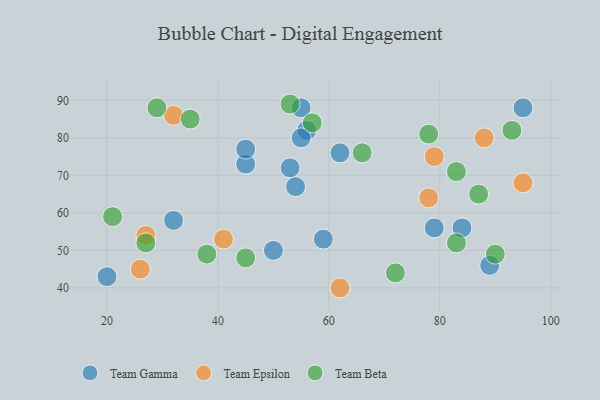
{"axis": {"x": "GDP", "y": "Life Expectancy"}, "legend": ["Team Beta", "Team Epsilon", "Team Gamma"], "data": [{"x": "84", "y": 56, "type": "Team Gamma"}, {"x": "89", "y": 46, "type": "Team Gamma"}, {"x": "62", "y": 76, "type": "Team Gamma"}, {"x": "45", "y": 73, "type": "Team Gamma"}, {"x": "55", "y": 88, "type": "Team Gamma"}, {"x": "53", "y": 72, "type": "Team Gamma"}, {"x": "59", "y": 53, "type": "Team Gamma"}, {"x": "32", "y": 58, "type": "Team Gamma"}, {"x": "79", "y": 56, "type": "Team Gamma"}, {"x": "54", "y": 67, "type": "Team Gamma"}, {"x": "50", "y": 50, "type": "Team Gamma"}, {"x": "20", "y": 43, "type": "Team Gamma"}, {"x": "56", "y": 82, "type": "Team Gamma"}, {"x": "95", "y": 88, "type": "Team Gamma"}, {"x": "45", "y": 77, "type": "Team Gamma"}, {"x": "55", "y": 80, "type": "Team Gamma"}, {"x": "78", "y": 64, "type": "Team Epsilon"}, {"x": "95", "y": 68, "type": "Team Epsilon"}, {"x": "32", "y": 86, "type": "Team Epsilon"}, {"x": "27", "y": 54, "type": "Team Epsilon"}, {"x": "79", "y": 75, "type": "Team Epsilon"}, {"x": "41", "y": 53, "type": "Team Epsilon"}, {"x": "88", "y": 80, "type": "Team Epsilon"}, {"x": "26", "y": 45, "type": "Team Epsilon"}, {"x": "62", "y": 40, "type": "Team Epsilon"}, {"x": "21", "y": 59, "type": "Team Beta"}, {"x": "78", "y": 81, "type": "Team Beta"}, {"x": "27", "y": 52, "type": "Team Beta"}, {"x": "35", "y": 85, "type": "Team Beta"}, {"x": "66", "y": 76, "type": "Team Beta"}, {"x": "45", "y": 48, "type": "Team Beta"}, {"x": "72", "y": 44, "type": "Team Beta"}, {"x": "38", "y": 49, "type": "Team Beta"}, {"x": "29", "y": 88, "type": "Team Beta"}, {"x": "93", "y": 82, "type": "Team Beta"}, {"x": "90", "y": 49, "type": "Team Beta"}, {"x": "83", "y": 52, "type": "Team Beta"}, {"x": "87", "y": 65, "type": "Team Beta"}, {"x": "57", "y": 84, "type": "Team Beta"}, {"x": "83", "y": 71, "type": "Team Beta"}, {"x": "53", "y": 89, "type": "Team Beta"}]}